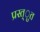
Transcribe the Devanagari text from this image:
प्रस्त्ुत